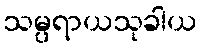
သမ္ပရာယသုခါယ